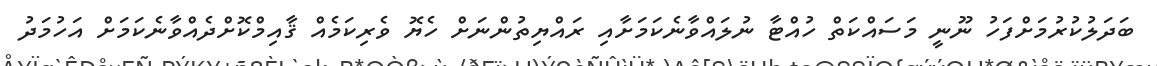
ބަދަލުކުރުމަށްފަހު ނޫނީ މަސައްކަތް ހުއްޓާ ނުލައްވާނެކަމަށާއި ރައްޔިތުންނަށް ހެޔޮ ވެރިކަމެއް ޤާއިމްކޮށްދެއްވާނެކަމަށް އަހުމަދު